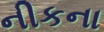
નીકના